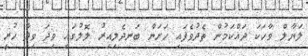
ލަޔާލް ވާހަކަ ދައްކަމުން ތެދުވެފައި ހަށަން ބަނދެލިއިރު ލޮލުގައި ވިދަ ވިދާ ހުރީ